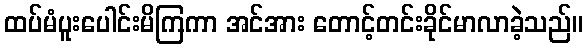
ထပ်မံပူးပေါင်းမိကြကာ အင်အား တောင့်တင်းခိုင်မာလာခဲ့သည်။